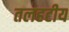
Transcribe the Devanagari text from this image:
तलहटीय